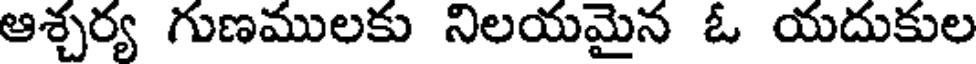
ఆశ్చర్య గుణములకు నిలయమైన ఓ యదుకుల